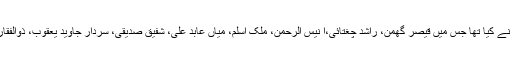
تعزیتی یفرنس کا اہتمام پی پی پی گلف ریجن کے سابق صدر میاں منیر ہانس نے کیا تھا جس میں قیصر گھمن، راشد چغتائی،ا نیس الرحمن، ملک اسلم، میاں عابد علی، شفیق صدیقی، سردار جاوید یعقوب، ذوالفقار مغل، اکرم شہزاد، چودھری مظہر اور دیگر متعدد کارکنوں نے شرکت کی۔